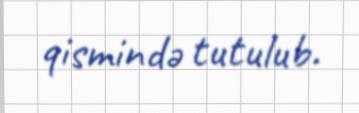
qismində tutulub.